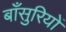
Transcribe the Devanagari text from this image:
बाँसुरियों